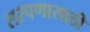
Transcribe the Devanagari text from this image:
सरपणासाठी